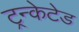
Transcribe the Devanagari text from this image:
ट्रन्केटेड